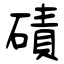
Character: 磧